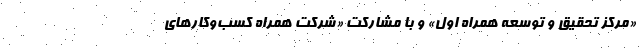
«مرکز تحقیق و توسعه همراه اول» و با مشارکت «شرکت همراه کسب‌وکارهای